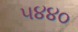
૫૪૪૦